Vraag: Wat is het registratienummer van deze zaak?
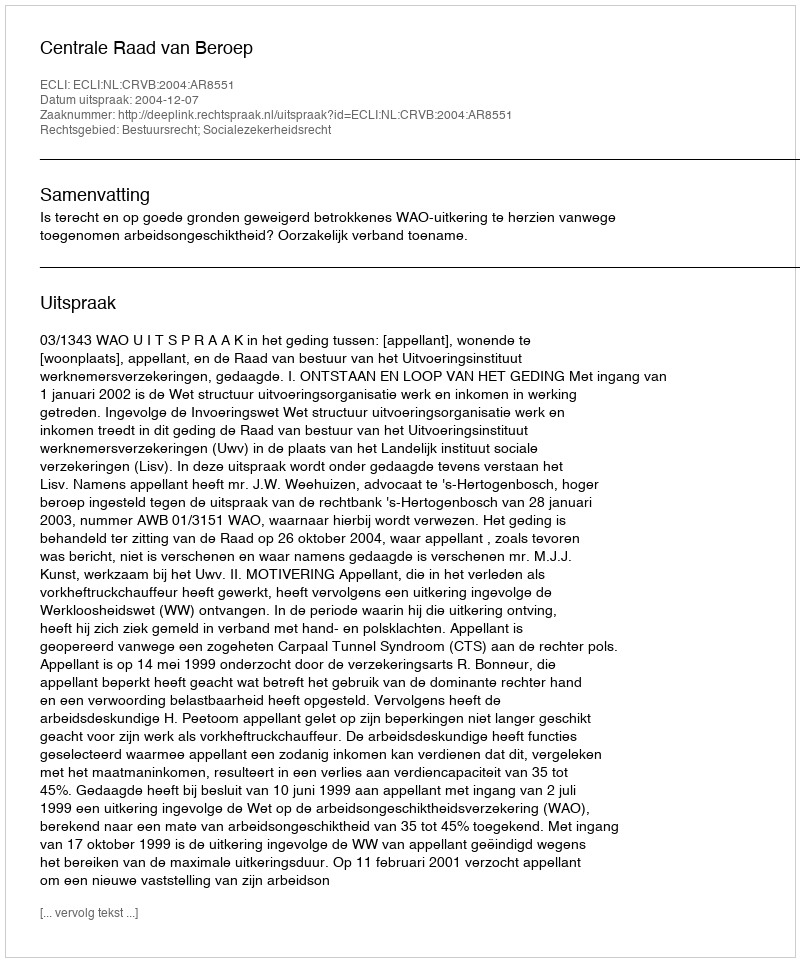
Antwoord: http://deeplink.rechtspraak.nl/uitspraak?id=ECLI:NL:CRVB:2004:AR8551